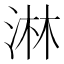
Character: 淋